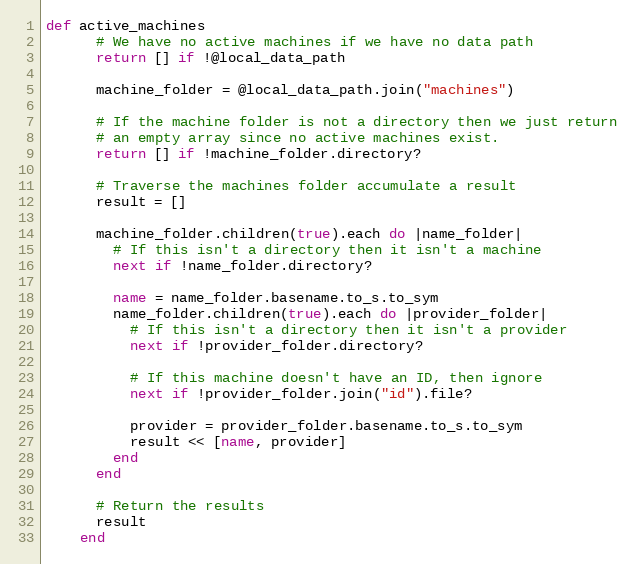
Language: Ruby
def active_machines
      # We have no active machines if we have no data path
      return [] if !@local_data_path

      machine_folder = @local_data_path.join("machines")

      # If the machine folder is not a directory then we just return
      # an empty array since no active machines exist.
      return [] if !machine_folder.directory?

      # Traverse the machines folder accumulate a result
      result = []

      machine_folder.children(true).each do |name_folder|
        # If this isn't a directory then it isn't a machine
        next if !name_folder.directory?

        name = name_folder.basename.to_s.to_sym
        name_folder.children(true).each do |provider_folder|
          # If this isn't a directory then it isn't a provider
          next if !provider_folder.directory?

          # If this machine doesn't have an ID, then ignore
          next if !provider_folder.join("id").file?

          provider = provider_folder.basename.to_s.to_sym
          result << [name, provider]
        end
      end

      # Return the results
      result
    end